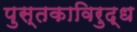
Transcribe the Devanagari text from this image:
पुस्तकाविरुद्ध